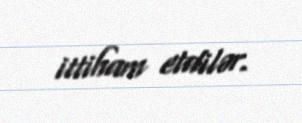
ittiham etdilər.